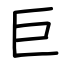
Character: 巨